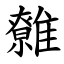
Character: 䨅